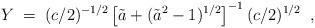
LaTeX: \begin{align*}Y\; =\; (c/2)^{-1/2}\left [\tilde{a}+(\tilde{a}^2-1)^{1/2}\right ]^{-1}(c/2)^{1/2}\;\;, \end{align*}